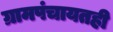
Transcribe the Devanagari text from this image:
ग्रामपंचायतही